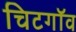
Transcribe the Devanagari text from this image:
चिटगॉव